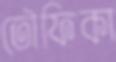
তৌফিকা